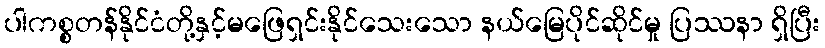
ပါကစ္စတန်နိုင်ငံတို့နှင့်မဖြေရှင်းနိုင်သေးသော နယ်မြေပိုင်ဆိုင်မှု ပြဿနာ ရှိပြီး